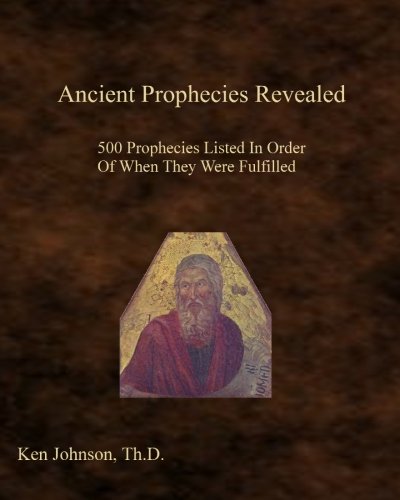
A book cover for Ancient Prophecies Revealed: 500 Prophecies Listed In Order Of When They Were Fulfilled; Ken Johnson; Christian Books & Bibles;